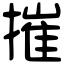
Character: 摧